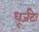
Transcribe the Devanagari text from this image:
धूर्जटेः